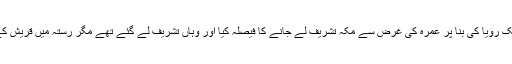
جس میں آنحضرت صلی اللہ علیہ وسلم نے ایک رؤیا کی بنا پر عمرہ کی غرض سے مکہ تشریف لے جانے کا فیصلہ کیا اور وہاں تشریف لے گئے تھے مگر رستہ میں قریش کے روکنے کی وجہ سے بظاہر ناکام لوٹنا پڑا۔